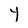
Character: Y